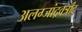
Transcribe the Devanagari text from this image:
अलग्जांद्रवर्त्रांद